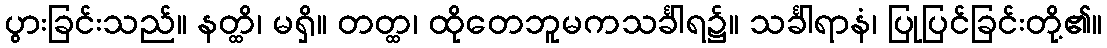
ပွားခြင်းသည်။ နတ္ထိ၊ မရှိ။ တတ္ထ၊ ထိုတေဘူမကသင်္ခါရ၌။ သင်္ခါရာနံ၊ ပြုပြင်ခြင်းတို့၏။